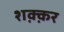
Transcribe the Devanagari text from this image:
शक़्क़र